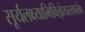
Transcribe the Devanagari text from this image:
सूर्यलक्ष्याभिविज्ञेयस्तपतेव